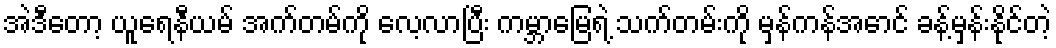
အဲဒီတော့ ယူရေနီယမ် အက်တမ်ကို လေ့လာပြီး ကမ္ဘာမြေရဲ့ သက်တမ်းကို မှန်ကန်အောင် ခန့်မှန်းနိုင်တဲ့